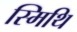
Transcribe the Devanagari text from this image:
स्मिथि